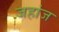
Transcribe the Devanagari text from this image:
जहांज